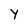
Character: Y